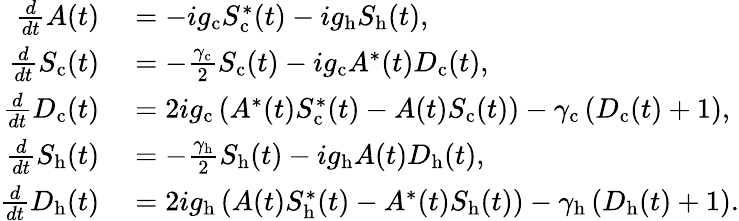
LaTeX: \begin{array}{rl}{\frac{d}{dt}A(t)}&{{}=-ig_{\mathrm{c}}S_{\mathrm{c}}^{*}(t)-ig_{\mathrm{h}}S_{\mathrm{h}}(t),}\\ {\frac{d}{dt}S_{\mathrm{c}}(t)}&{{}=-\frac{\gamma_{\mathrm{c}}}{2}S_{\mathrm{c}}(t)-ig_{\mathrm{c}}A^{*}(t)D_{\mathrm{c}}(t),}\\ {\frac{d}{dt}D_{\mathrm{c}}(t)}&{{}=2ig_{\mathrm{c}}\left(A^{*}(t)S_{\mathrm{c}}^{*}(t)-A(t)S_{\mathrm{c}}(t)\right)-\gamma_{\mathrm{c}}\left(D_{\mathrm{c}}(t)+1\right),}\\ {\frac{d}{dt}S_{\mathrm{h}}(t)}&{{}=-\frac{\gamma_{\mathrm{h}}}{2}S_{\mathrm{h}}(t)-ig_{\mathrm{h}}A(t)D_{\mathrm{h}}(t),}\\ {\frac{d}{dt}D_{\mathrm{h}}(t)}&{{}=2ig_{\mathrm{h}}\left(A(t)S_{\mathrm{h}}^{*}(t)-A^{*}(t)S_{\mathrm{h}}(t)\right)-\gamma_{\mathrm{h}}\left(D_{\mathrm{h}}(t)+1\right).}\end{array}